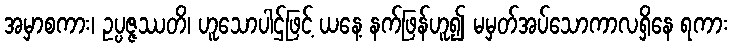
အမှာစကား၊ ဥပ္ပဇ္ဇဿတိ၊ ဟူသောပါဌ်ဖြင့် ယနေ့ နက်ဖြန်ဟူ၍ မမှတ်အပ်သောကာလရှိနေ ရကား